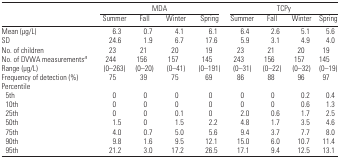
<table><thead><tr><td></td><td colspan="4"><b>MDA</b></td><td colspan="4"><b>TCPy</b></td></tr><tr><td></td><td><b>Summer</b></td><td><b>Fall</b></td><td><b>Winter</b></td><td><b>Spring</b></td><td><b>Summer</b></td><td><b>Fall</b></td><td><b>Winter</b></td><td><b>Spring</b></td></tr></thead><tbody><tr><td>Mean (μg/L)</td><td>6.3</td><td>0.7</td><td>4.1</td><td>6.1</td><td>6.4</td><td>2.6</td><td>5.1</td><td>5.6</td></tr><tr><td>SD</td><td>24.6</td><td>1.9</td><td>6.7</td><td>17.6</td><td>5.9</td><td>3.1</td><td>4.9</td><td>4.0</td></tr><tr><td>No. of children</td><td>23</td><td>21</td><td>20</td><td>19</td><td>23</td><td>21</td><td>20</td><td>19</td></tr><tr><td>No. of DVWA measurements<sup><i>a</i></sup></td><td>244</td><td>156</td><td>157</td><td>145</td><td>243</td><td>156</td><td>157</td><td>145</td></tr><tr><td>Range (μg/L)</td><td>(0–263)</td><td>(0–20)</td><td>(0–41)</td><td>(0–191)</td><td>(0–31)</td><td>(0–22)</td><td>(0–32)</td><td>(0–19)</td></tr><tr><td>Frequency of detection (%)</td><td>75</td><td>39</td><td>75</td><td>69</td><td>86</td><td>88</td><td>96</td><td>97</td></tr><tr><td>Percentile</td></tr><tr><td> 5th</td><td>0</td><td>0</td><td>0</td><td>0</td><td>0</td><td>0</td><td>0.2</td><td>0.4</td></tr><tr><td> 10th</td><td>0</td><td>0</td><td>0</td><td>0</td><td>0</td><td>0</td><td>0.6</td><td>1.3</td></tr><tr><td> 25th</td><td>0</td><td>0</td><td>0.1</td><td>0</td><td>2.0</td><td>0.6</td><td>1.7</td><td>2.5</td></tr><tr><td> 50th</td><td>1.5</td><td>0</td><td>1.5</td><td>2.2</td><td>4.8</td><td>1.7</td><td>3.5</td><td>4.6</td></tr><tr><td> 75th</td><td>4.0</td><td>0.7</td><td>5.0</td><td>5.6</td><td>9.4</td><td>3.7</td><td>7.7</td><td>8.0</td></tr><tr><td> 90th</td><td>9.8</td><td>1.6</td><td>9.5</td><td>12.1</td><td>15.0</td><td>6.0</td><td>10.7</td><td>11.4</td></tr><tr><td> 95th</td><td>21.2</td><td>3.0</td><td>17.2</td><td>26.5</td><td>17.1</td><td>9.4</td><td>12.5</td><td>13.1</td></tr></tbody></table>